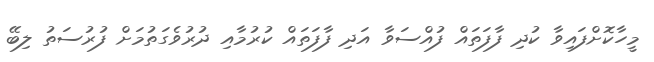
މީހާކޮށްފައިވާ ކުދި ފާފަތައް ފުއްސަވާ އަދި ފާފަތައް ކުރުމާއި ދުރުވެގަތުމަށް ފުރުސަތު ލިބޭ